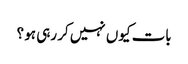
بات کیوں نہیں کر رہی ہو ؟